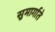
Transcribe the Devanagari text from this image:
सुमार्गाते